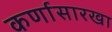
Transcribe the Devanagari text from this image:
कर्णासारखा